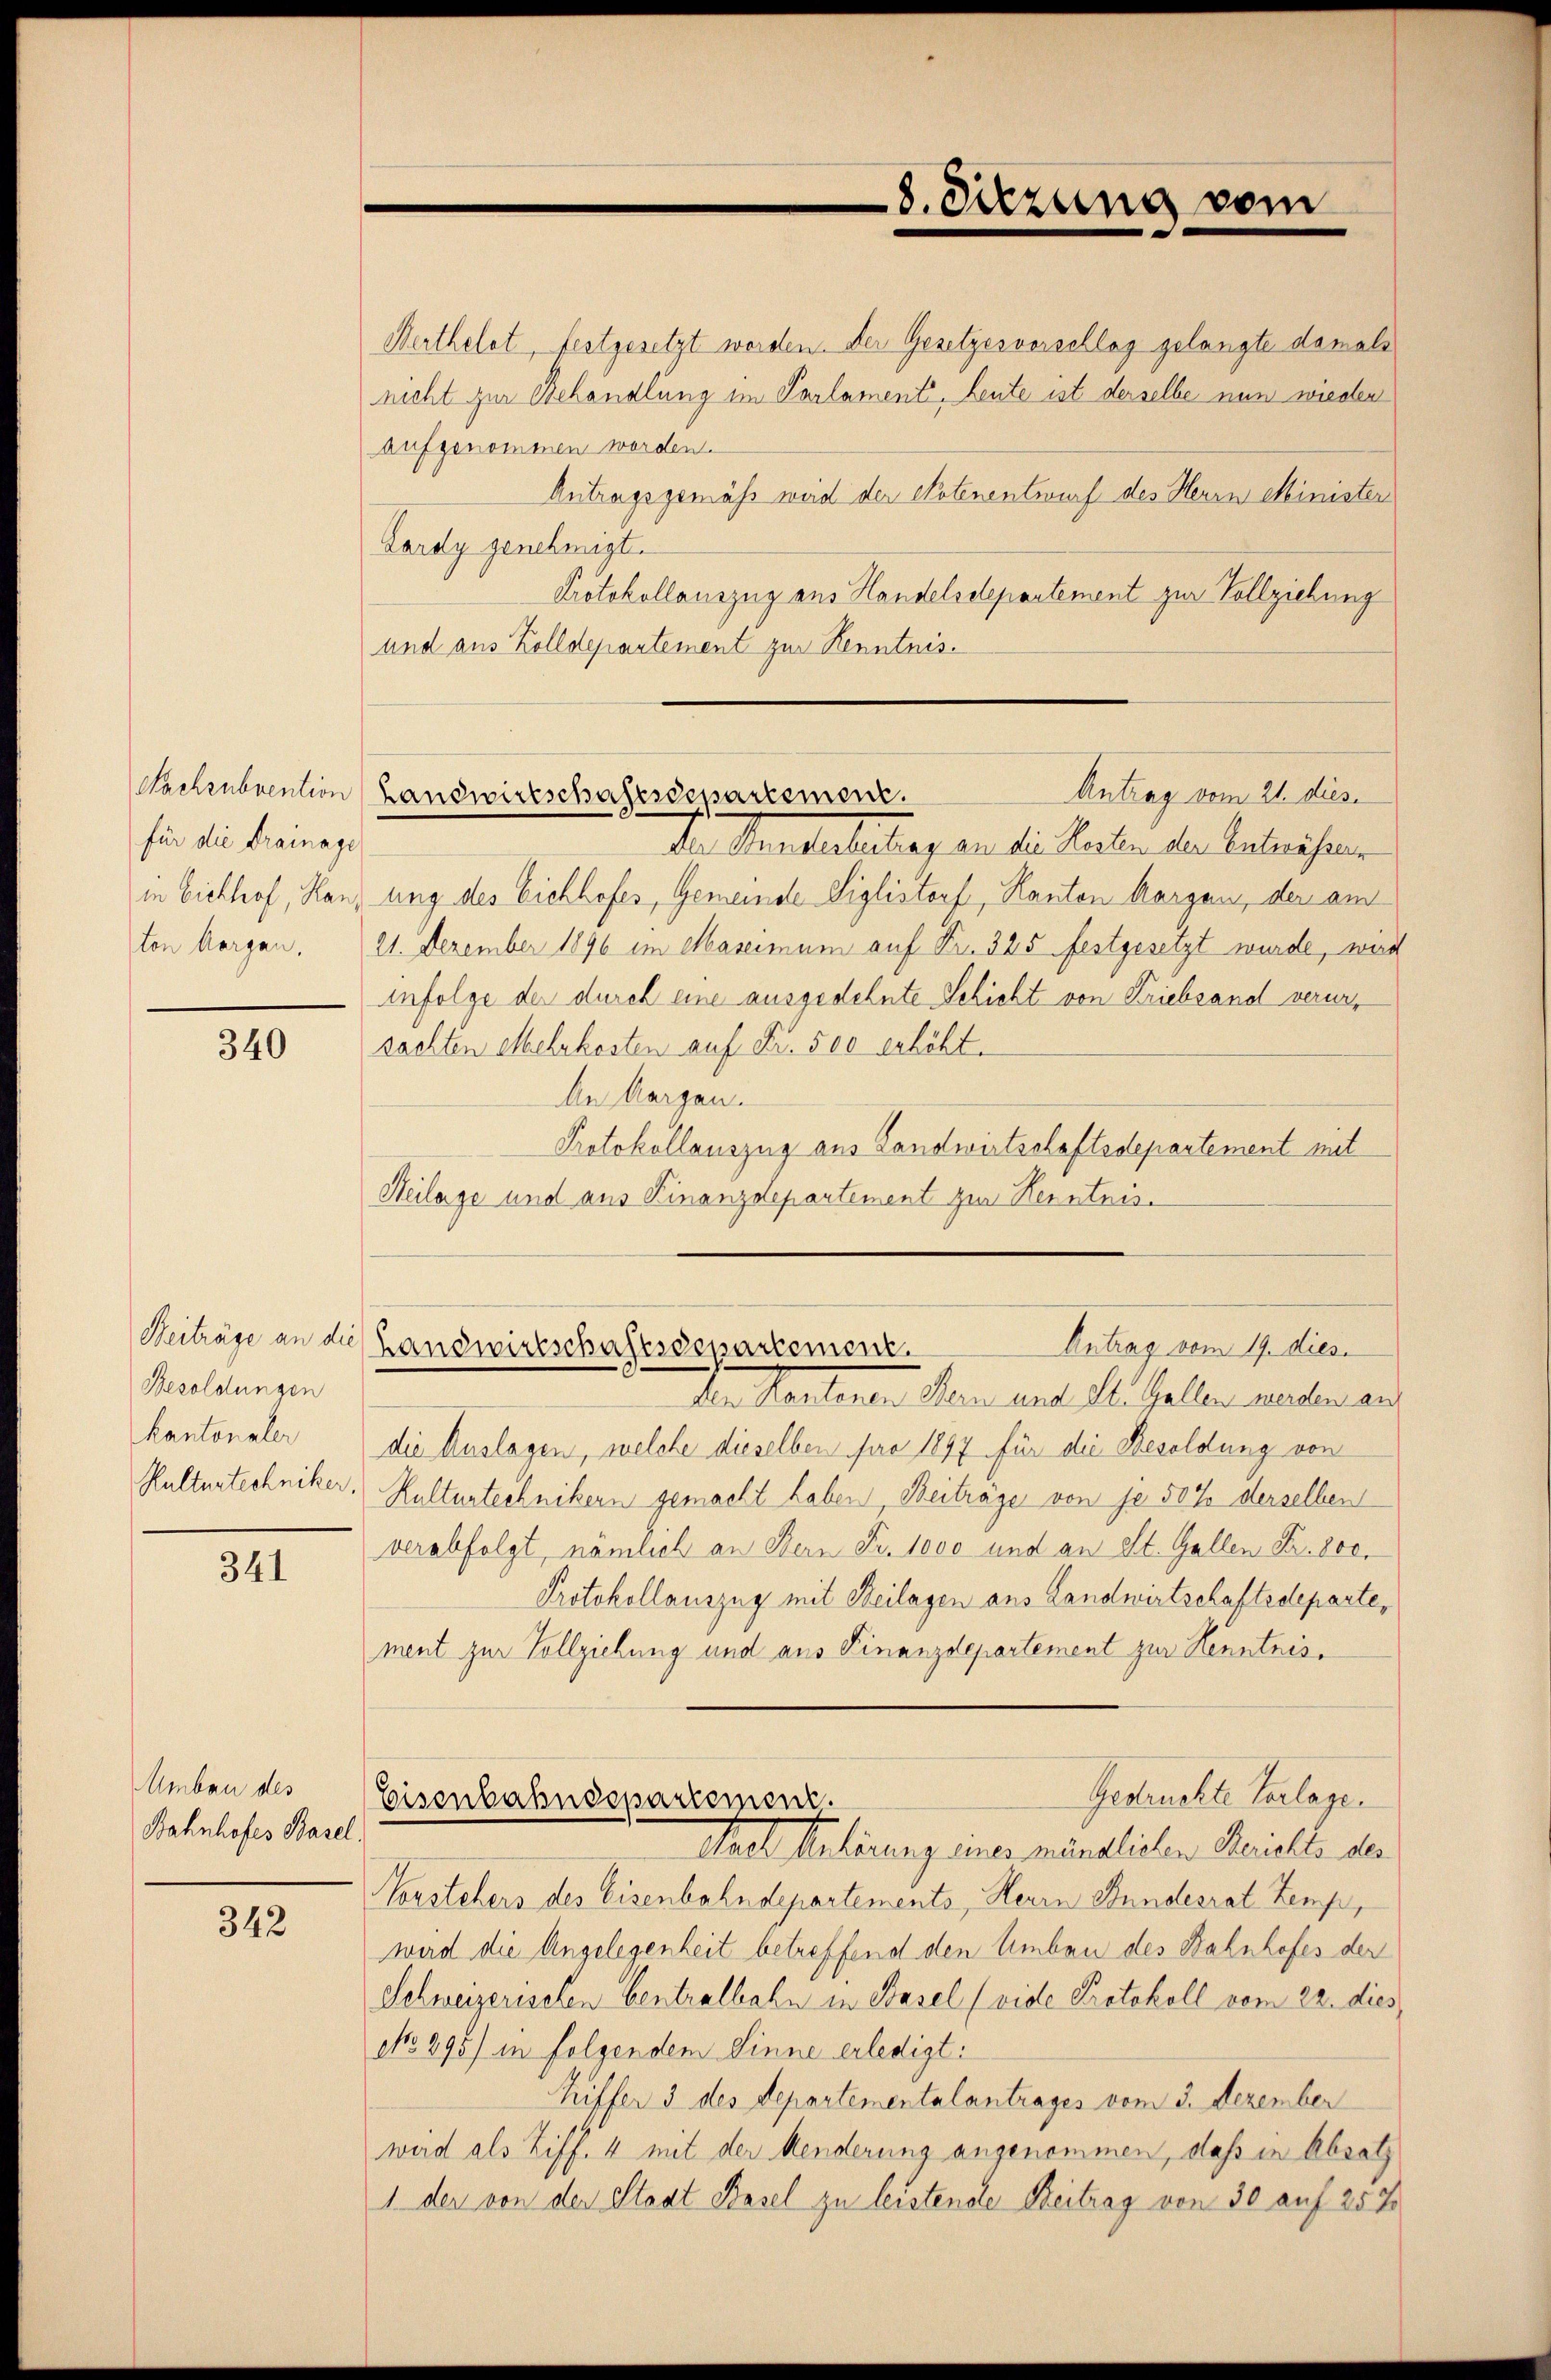
für die Drainage

340

Besoldungen
kantonaler

341

Umbau des
Bahnhofes Basel.

342

Marthelet, festgesetzt werden. Der Gesetzesvorschlag gelangte damals
nicht zur Behandlung im Parlament, Leute ist derselbe nun wieder
aufgenommen worden.
Antragsgemäss weid der Notenentwurf des Herrn Minister
Lardy genehmigt.
Protokollauszug aus Handelsdepartement zur Vollziehung
und aus Zolldepartement zur Kenntnis.
Dr Mandatartag an die haben der Betriften
in Eichhof, Hanz ung des Eichhofes, Gemeinde Siglistorf, Kanton Aargau, der am
ton Aargau. 21. Dezember 1896 im Maseimum auf Fr. 325 festgesetzt wurde, war
infolge der durch eine ausgedehnte Schicht von Kriebsand verursachten Mehrkosten auf Fr. 500 erhöht.
An Aargau.
Protokollauszug aus Landwirtschaftsdepartement mit
Heilage und aus Finanzdepartement zur Kenntnis¬

8. Sitzung vom

Reckzubrention Landwirtschaftsdepartement.
Antrag vom 21. dies

Beiträge an die Handwirtschaftsdepartement.
Antrag vom 19. dies

den Kantonen Bern und St. Gallen werden an
die Auslagen, welche dieselben pro 1897 für die Besoldung von
Kulturtechniker, Kulturtechnikern gemacht haben. Beiträge von je 50% derselben
verabfolgt, nämlich an Bern Fr. 1000 und an St. Gallen Fr. 800.
Protokollauszug mit Beilagen aus Landwirtschaftsdeparte,
ment zur Vollziehung und aus Finanzdepartement zur Henntnis¬
Gedruckte Verlage.
Eisenbahndepartement.
Thael Anhörung einer minalisten Bezielle der
Vorstehers des Eisenbahndepartements, Herrn Bundesrat temp,
wird die Angelegenheit betreffend den Umbau des Bahnhofes der
Schweizerischen bentralbahn in Basel (vide Protokoll vom 22. dies
No 898) in folgendem Sinne erledigt:
Riffer 3 des Departementalantrages vom 3. Dezember
weid als Ziff. 4 mit der Menderung angenommen, daß in Absatz
1 der von der Staat Basel zu leistende Beitrag von 30 auf 257